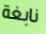
نابغة